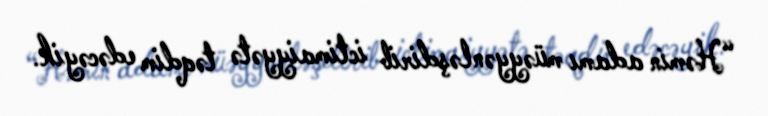
“Həmin adamı müəyyənləşdirib ictimaiyyətə təqdim edəcəyik.